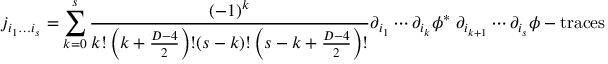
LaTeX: j _ { i _ { 1 } \ldots i _ { s } } = \sum _ { k = 0 } ^ { s } { \frac { ( - 1 ) ^ { k } } { k ! \left( k + { \frac { D - 4 } { 2 } } \right) ! ( s - k ) ! \left( s - k + { \frac { D - 4 } { 2 } } \right) ! } } \partial _ { i _ { 1 } } \cdots \partial _ { i _ { k } } \phi ^ { * } \; \partial _ { i _ { k + 1 } } \cdots \partial _ { i _ { s } } \phi - \mathrm { t r a c e s }